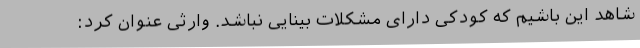
شاهد این باشیم که کودکی دارای مشکلات بینایی نباشد. وارثی عنوان کرد: